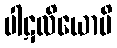
ပါဋလိယောပိ